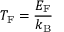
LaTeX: T _ { \mathrm { F } } = { \frac { E _ { \mathrm { F } } } { k _ { \mathrm { { B } } } } }